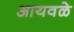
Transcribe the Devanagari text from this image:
आयवळे